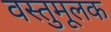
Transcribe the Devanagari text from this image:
वस्तुमूलक